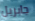
جابريل